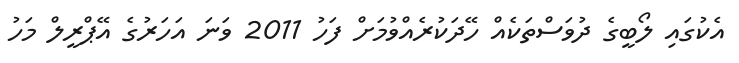
އެކުގައި ލޯބީގެ ދުވަސްތަކެއް ހޭދަކުރެއްވުމަށް ފަހު 2011 ވަނަ އަހަރުގެ އޭޕްރީލް މަހު